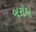
બરોએ